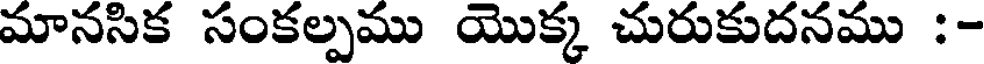
మానసిక సంకల్పము యొక్క చురుకుదనము :-